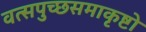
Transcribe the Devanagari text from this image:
वत्सपुच्छसमाकृष्टो